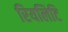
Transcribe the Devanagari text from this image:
रियलिटि